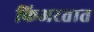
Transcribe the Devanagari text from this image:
किअरतात